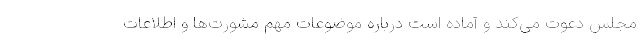
مجلس دعوت می‌کند و آماده است درباره موضوعات مهم مشورت‌ها و اطلاعات